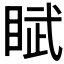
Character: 𬑘